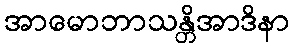
အာမောဘာသန္တိအာဒိနာ